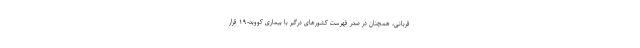
قربانی، همچنان در صدر فهرست کشورهای درگیر با بیماری کووید-۱۹ قرار